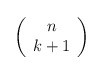
\begin{align*}\left( \begin{array}{c}n \\k+1\end{array} \right)\end{align*}